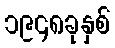
၁၉၄၈ခုနှစ်